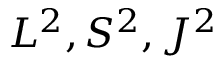
L ^ { 2 } , S ^ { 2 } , J ^ { 2 }